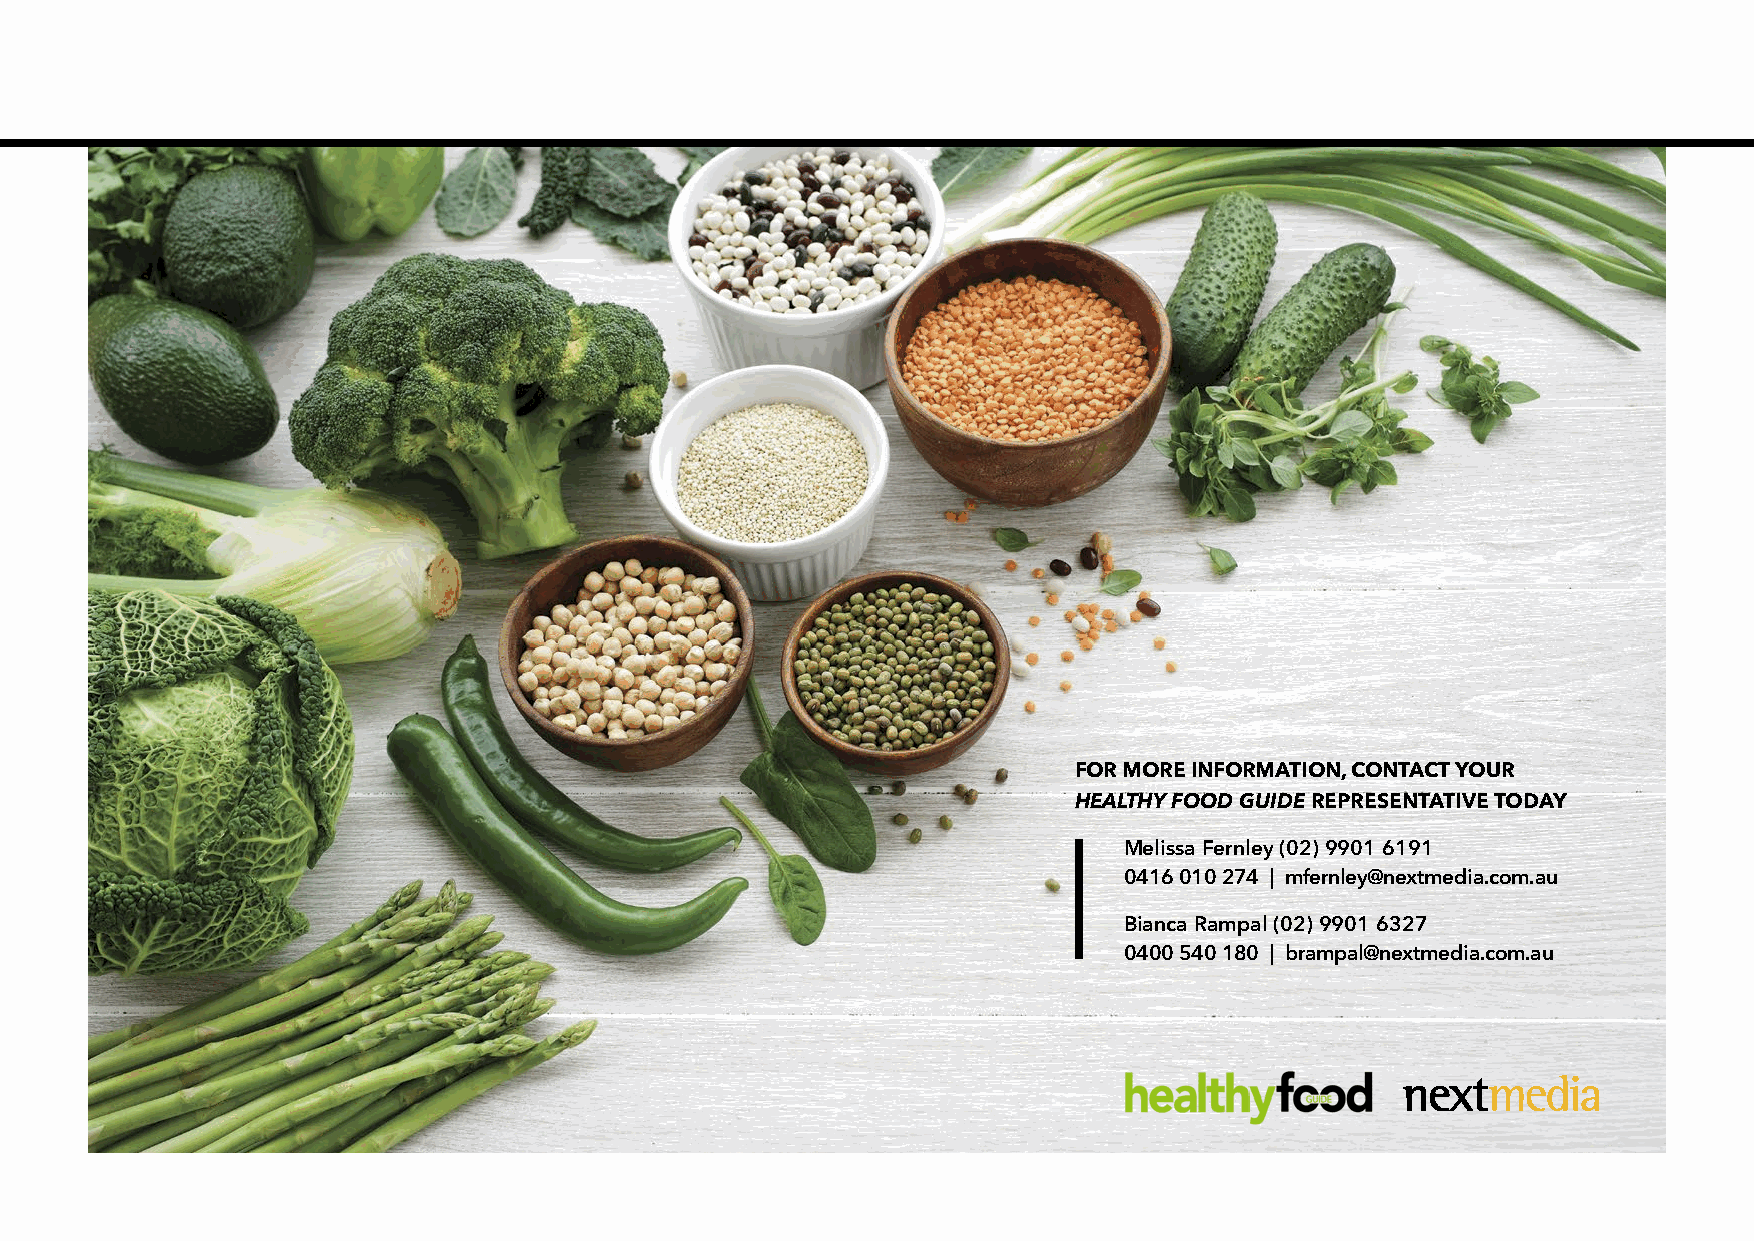
FOR MORE INFORMATION, CONTACT YOUR
 HEALTHY FOOD GUIDE REPRESENTATIVE TODAY
 Melissa Fernley (02) 9901 6191
 0416 010 274 | mfernley@nextmedia.com.au
 Bianca Rampal (02) 9901 6327
 0400 540 180 | brampal@nextmedia.com.au